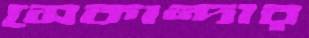
সেকান্দার